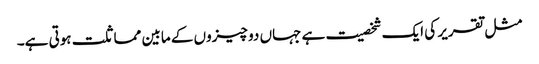
مثل تقریر کی ایک شخصیت ہے جہاں دو چیزوں کے مابین مماثلت ہوتی ہے۔